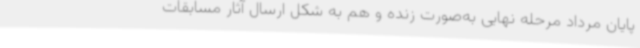
پایان مرداد مرحله نهایی به‌صورت زنده و هم به شکل ارسال آثار مسابقات